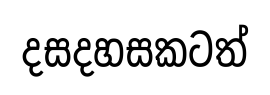
දසදහසකටත්